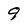
Character: 9